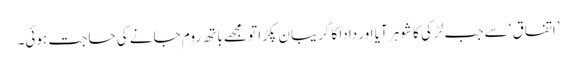
’اتفاق‘ سے جب لڑکی کا شوہر آیا اور دادا کا گریبان پکڑا تو مجھے باتھ روم جانے کی حاجت ہوئی۔